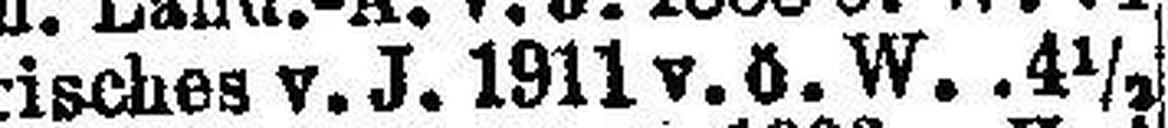
Mährisches v. J. 1911 v. ö W. .4½